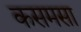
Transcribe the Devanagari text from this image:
कसमसा